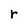
Character: r